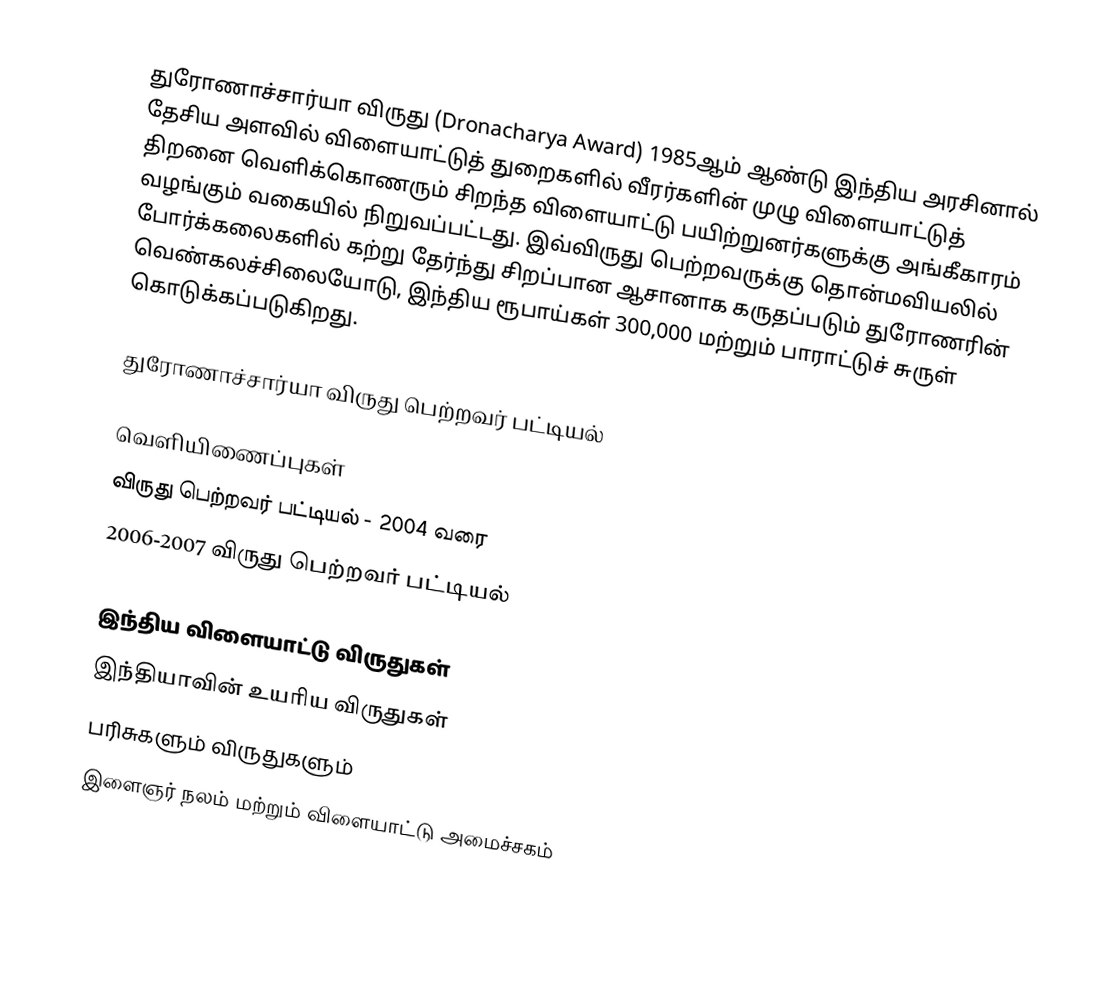
துரோணாச்சார்யா விருது (Dronacharya Award) 1985ஆம் ஆண்டு இந்திய அரசினால் தேசிய அளவில் விளையாட்டுத் துறைகளில் வீரர்களின் முழு விளையாட்டுத் திறனை வெளிக்கொணரும் சிறந்த விளையாட்டு பயிற்றுனர்களுக்கு அங்கீகாரம் வழங்கும் வகையில் நிறுவப்பட்டது. இவ்விருது பெற்றவருக்கு தொன்மவியலில் போர்க்கலைகளில் கற்று தேர்ந்து சிறப்பான ஆசானாக கருதப்படும் துரோணரின் வெண்கலச்சிலையோடு, இந்திய ரூபாய்கள் 300,000 மற்றும் பாராட்டுச் சுருள் கொடுக்கப்படுகிறது.

துரோணாச்சார்யா விருது பெற்றவர் பட்டியல்

வெளியிணைப்புகள்
விருது பெற்றவர் பட்டியல் - 2004 வரை
2006-2007 விருது பெற்றவர் பட்டியல்

இந்திய விளையாட்டு விருதுகள்
இந்தியாவின் உயரிய விருதுகள்
பரிசுகளும் விருதுகளும்
இளைஞர் நலம் மற்றும் விளையாட்டு அமைச்சகம்